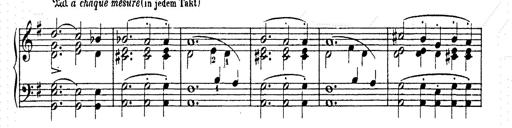
Title: AnnÃ©es de pÃ¨lerinage II
Composer: Franz Liszt